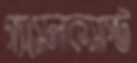
গ্যাসেলাকসাপ্ট